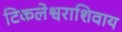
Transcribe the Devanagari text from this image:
टिकलेश्वराशिवाय